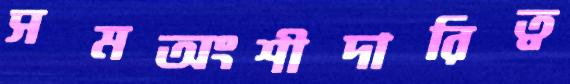
সমঅংশীদারিত্ব